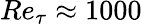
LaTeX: Re_{\tau}\approx 1000